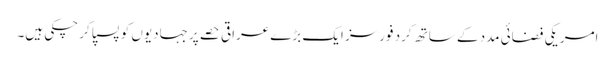
امریکی فضائی مدد کے ساتھ کرد فورسز ایک بڑے عراقی حصے پر جہادیوں کو پسپا کر چکی ہیں۔